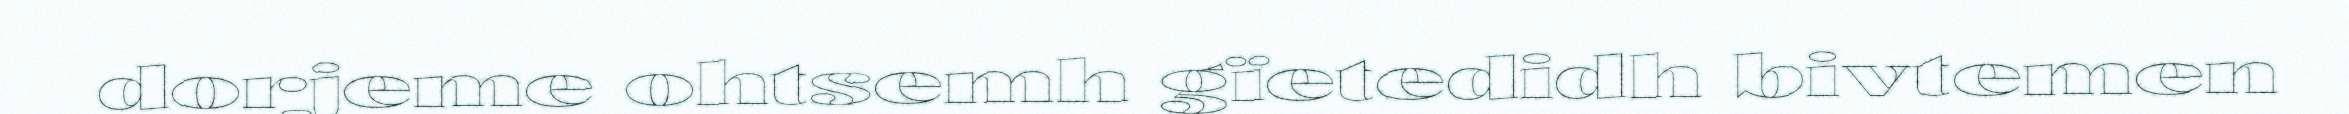
dorjeme ohtsemh gïetedidh bivtemen